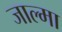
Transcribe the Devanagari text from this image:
जाल्मा